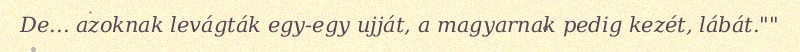
De... azoknak levágták egy-egy ujját, a magyarnak pedig kezét, lábát.""